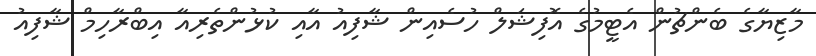
މާޒިޔާގެ ބެންޗުން އެޓީމުގެ އޮފިޝަލް ހުސެއިން ޝާފިއު އާއި ކުޅުންތެރިއާ އިބްރާހިމް ޝާފިއު